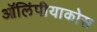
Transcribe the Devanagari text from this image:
ऑलिंपीयाकोस